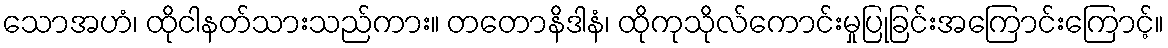
သောအဟံ၊ ထိုငါနတ်သားသည်ကား။ တတောနိဒါနံ၊ ထိုကုသိုလ်ကောင်းမှုပြုခြင်းအကြောင်းကြောင့်။